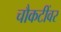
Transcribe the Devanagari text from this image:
चौकटींवर